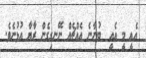
އެއީ މީ އެއީ  ބުނާނެ އެއްޗެއް ނޭނގިގެން ރާޔާ އުޅުނެވެ.